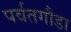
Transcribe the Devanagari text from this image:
पर्वतगौडा